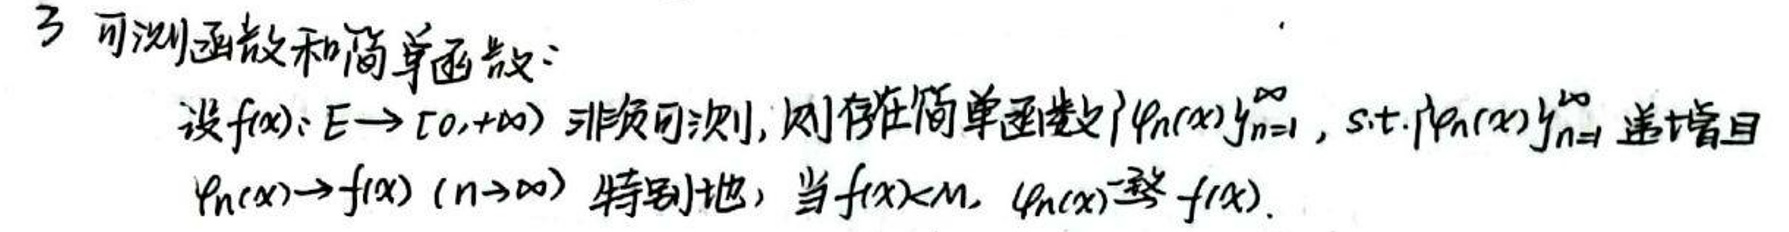
3 可测函数和简单函数：

设\(f(x): E \to [0,+\infty]\)非负可测，则存在简单函数\(\varphi_n(x)\) \(\uparrow\)，s.t. \(\varphi_n(x) \uparrow f(x)\) ，递增且
\(\varphi_n(x) \to f(x)\) (\(n \to \infty\)) 特别地，当\(f(x) \leq M\)，\(\varphi_n(x) \to f(x)\)。